Source: Handwritten
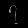
Digit: ၇ (7)